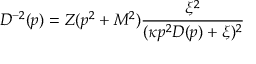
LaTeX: D ^ { - 2 } ( p ) = Z ( p ^ { 2 } + M ^ { 2 } ) \frac { \xi ^ { 2 } } { ( \kappa p ^ { 2 } D ( p ) + \xi ) ^ { 2 } }